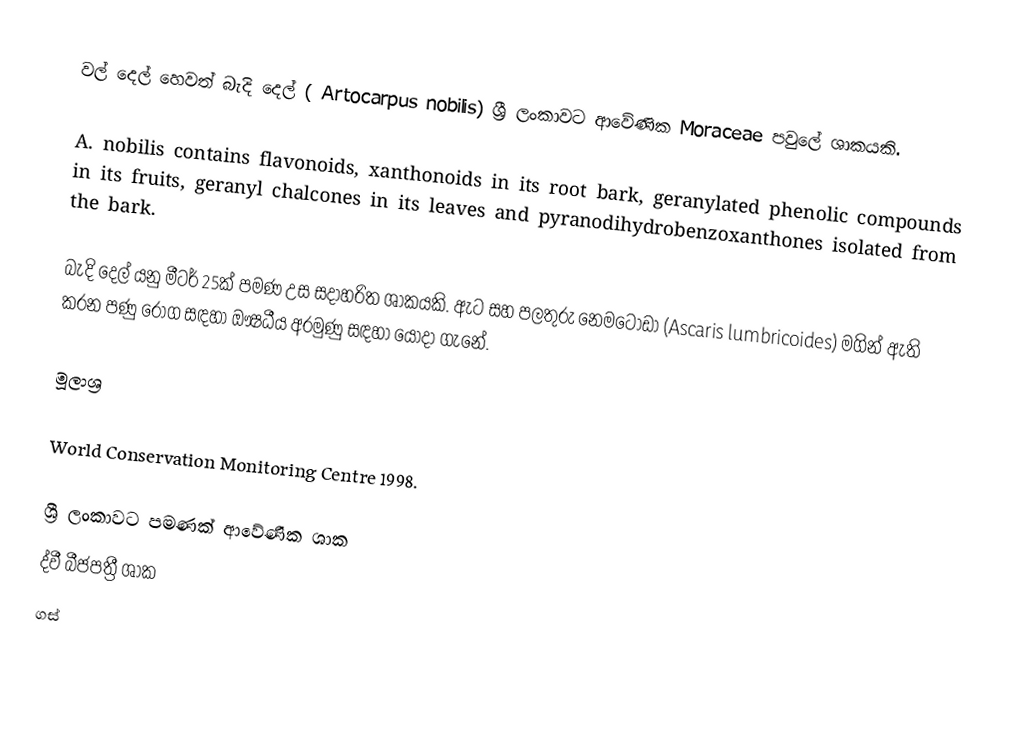
වල් දෙල් හෙවත් බැදි දෙල් ( Artocarpus nobilis)  ශ්‍රී ලංකාවට ආවේණික Moraceae  පවුලේ ශාකයකි.

A. nobilis contains flavonoids, xanthonoids in its root bark, geranylated phenolic compounds in its fruits, geranyl chalcones in its leaves and pyranodihydrobenzoxanthones isolated from the bark.

බැදි දෙල් යනු මීටර් 25ක් පමණ උස සදාහරිත ශාකයකි.  ඇට සහ පලතුරු නෙමටෝඩා (Ascaris lumbricoides)  මගින් ඇති කරන පණු රෝග සඳහා ඖෂධීය අරමුණු සඳහා යොදා ගැනේ.

මූලාශ්‍ර

 World Conservation Monitoring Centre 1998.

ශ්‍රී ලංකාවට පමණක් ආවේණික ශාක
ද්වී බීජපත්‍රී ශාක
ගස්